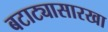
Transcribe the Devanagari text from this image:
बटाट्यासारखा